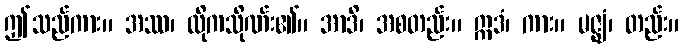
ဤသည်ကား။ အဿ၊ ထိုကသိုဏ်း၏။ အာဒိ၊ အစတည်း။ ဣဒံ၊ ကား။ မဇ္ဈံ၊ တည်း။